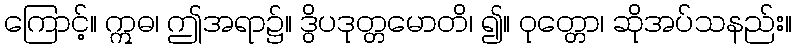
ကြောင့်။ ဣဓ၊ ဤအရာ၌။ ဒွိပဒုတ္တမောတိ၊ ၍။ ဝုတ္တော၊ ဆိုအပ်သနည်း။